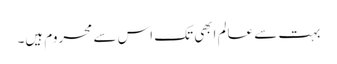
بہت سے عالم ابھی تک اس سے محروم ہیں۔